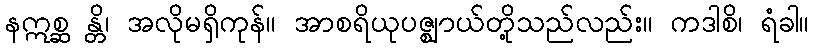
နဣစ္ဆ န္တိ၊ အလိုမရှိကုန်။ အာစရိယုပဇ္ဈာယ်တို့သည်လည်း။ ကဒါစိ၊ ရံခါ။